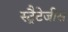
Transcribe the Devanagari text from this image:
स्ट्रैटेजीस